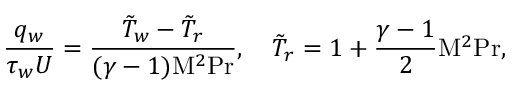
{ \frac { q _ { w } } { \tau _ { w } U } } = { \frac { { \tilde { T } } _ { w } - { \tilde { T } } _ { r } } { ( \gamma - 1 ) \mathrm { M } ^ { 2 } \mathrm { P r } } } , \quad { \tilde { T } } _ { r } = 1 + { \frac { \gamma - 1 } { 2 } } \mathrm { M } ^ { 2 } \mathrm { P r } ,